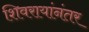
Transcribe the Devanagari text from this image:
शिवरायांनंतर